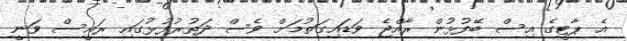
އެ ޕާޓީގެ އިސް ބޭފުޅުން ރާއްޖެ ވަޑައިގަތުމަށް ވެސް ދަތުރުފުޅުގައި ރައީސް ވަނީ